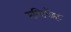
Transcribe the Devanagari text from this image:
मल्टिपॉइंट